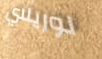
لوريلاي